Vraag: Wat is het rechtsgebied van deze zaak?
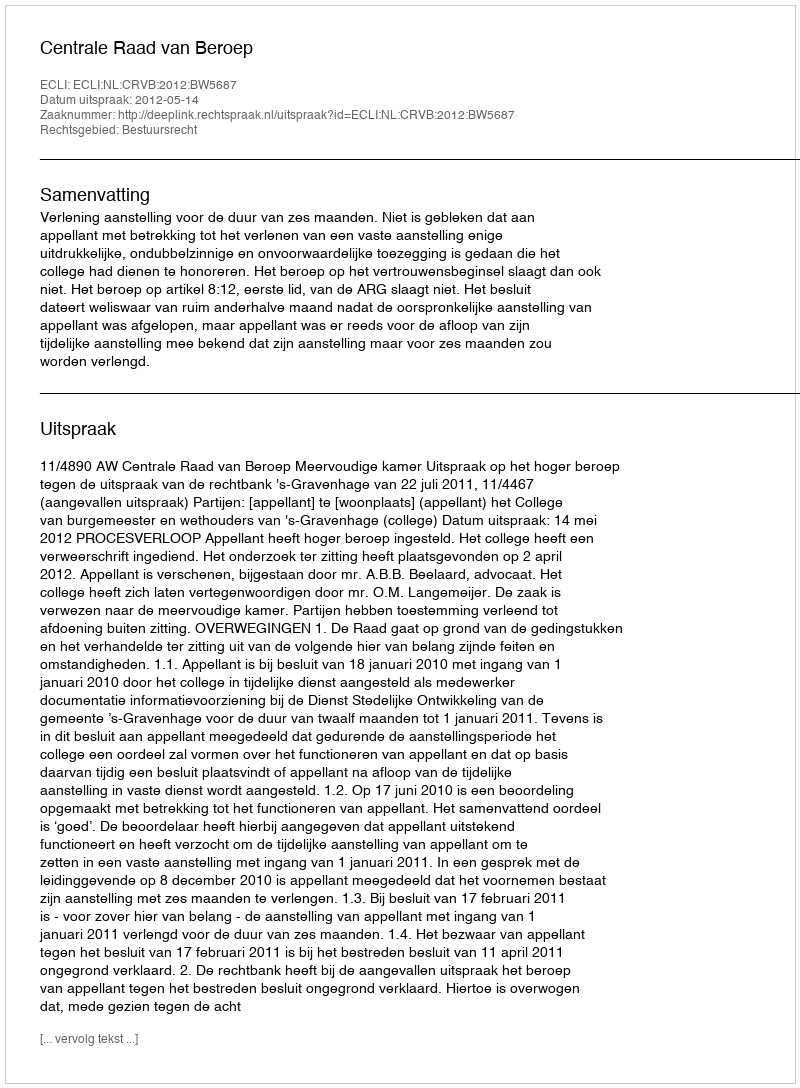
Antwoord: Bestuursrecht